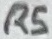
Text: R5